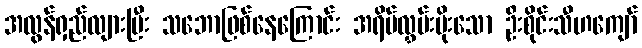
အလွန်ရှည်လျားပြီး သဘောဖြစ်နေကြောင်း အရိပ်လွှမ်းမိုးသော ဦးစိုင်းသီဟကျော်